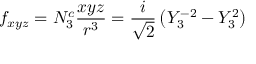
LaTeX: f _ { x y z } = N _ { 3 } ^ { c } { \frac { x y z } { r ^ { 3 } } } = { \frac { i } { \sqrt { 2 } } } \left( Y _ { 3 } ^ { - 2 } - Y _ { 3 } ^ { 2 } \right)